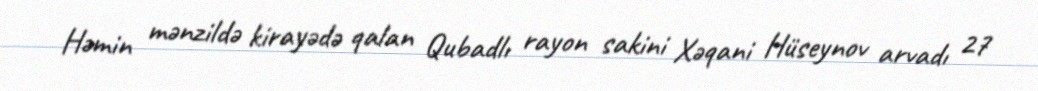
Həmin mənzildə kirayədə qalan Qubadlı rayon sakini Xəqani Hüseynov arvadı 27